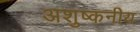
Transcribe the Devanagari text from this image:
अशुष्कनीय